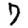
Digit: 7